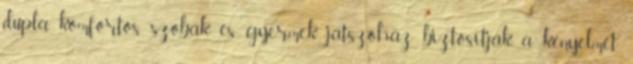
dupla komfortos szobák és gyermek játszóház biztosítják a kényelmet.